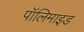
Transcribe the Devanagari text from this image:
पॉलिमाइड